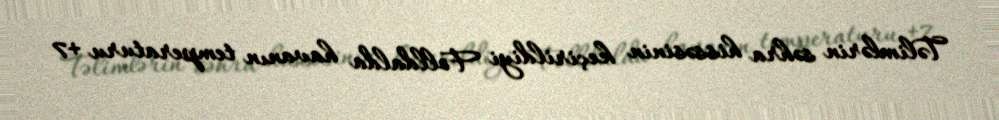
Təlimlərin səhra hissəsinin keçirildiyi Folldalda havanın temperaturu +7